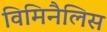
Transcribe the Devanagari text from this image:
विमिनैलिस